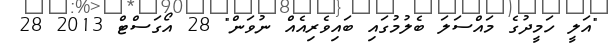
"އަލީ ހަމީދުގެ މައްސަލަ ބެލުމުގައި ބައިވެރިއެއް ނުވަން" 28 އޯގަސްޓް 2013 28